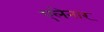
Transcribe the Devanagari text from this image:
एलेनार